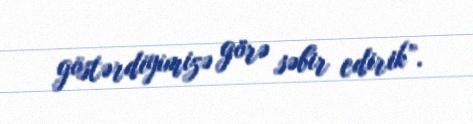
göstərdiyimizə görə səbir edirik”.